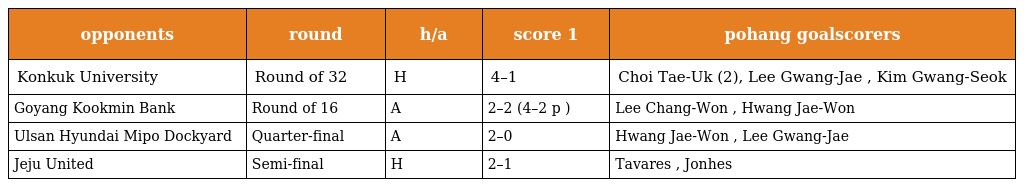
| opponents | round | h/a | score 1 | pohang goalscorers |
 | --- | --- | --- | --- | --- |
 | Konkuk University | Round of 32 | H | 4–1 | Choi Tae-Uk (2), Lee Gwang-Jae , Kim Gwang-Seok |
 | Goyang Kookmin Bank | Round of 16 | A | 2–2 (4–2 p ) | Lee Chang-Won , Hwang Jae-Won |
 | Ulsan Hyundai Mipo Dockyard | Quarter-final | A | 2–0 | Hwang Jae-Won , Lee Gwang-Jae |
 | Jeju United | Semi-final | H | 2–1 | Tavares , Jonhes |